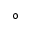
\circ